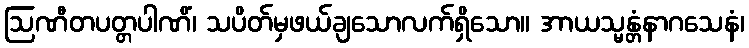
ဩဏီတပတ္တပါဏိံ၊ သပိတ်မှဖယ်ချသောလက်ရှိသော။ အာယသ္မန္တံနာဂသေနံ၊